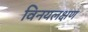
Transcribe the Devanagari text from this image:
विनयलक्षण